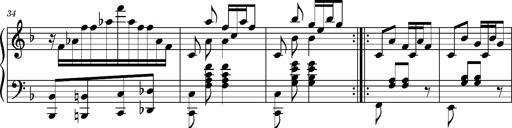
Title: Ungarischer Romanzero
Composer: Franz Liszt